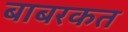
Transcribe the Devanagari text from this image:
बाबरकत